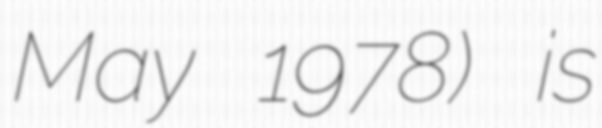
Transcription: May 1978) is